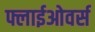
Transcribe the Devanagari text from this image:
फ्लाईओवर्स